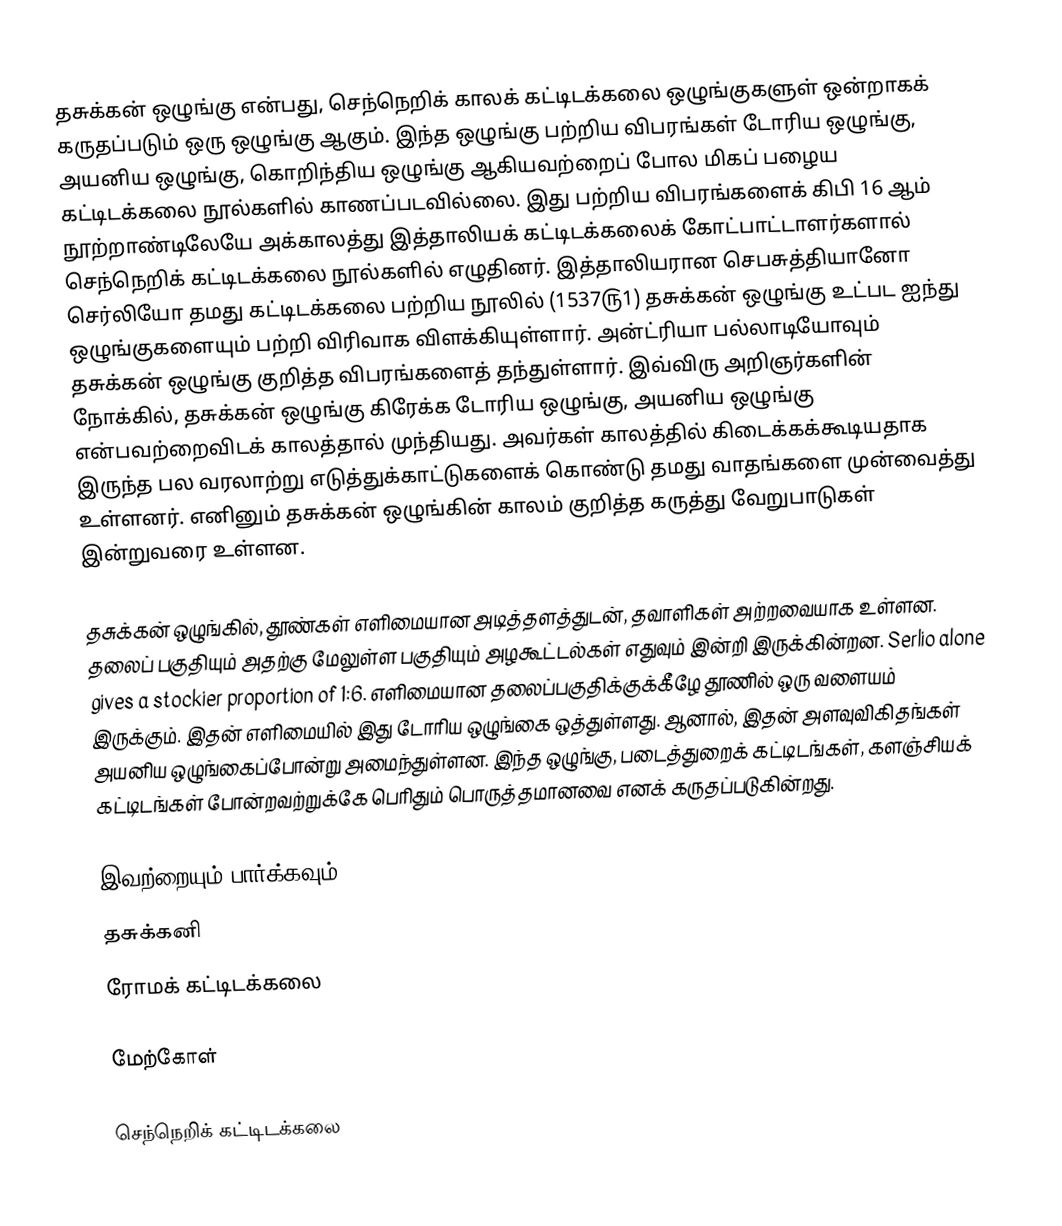
தசுக்கன் ஒழுங்கு என்பது, செந்நெறிக் காலக் கட்டிடக்கலை ஒழுங்குகளுள் ஒன்றாகக் கருதப்படும் ஒரு ஒழுங்கு ஆகும். இந்த ஒழுங்கு பற்றிய விபரங்கள் டோரிய ஒழுங்கு, அயனிய ஒழுங்கு, கொறிந்திய ஒழுங்கு ஆகியவற்றைப் போல மிகப் பழைய கட்டிடக்கலை நூல்களில் காணப்படவில்லை. இது பற்றிய விபரங்களைக் கிபி 16 ஆம் நூற்றாண்டிலேயே அக்காலத்து இத்தாலியக் கட்டிடக்கலைக் கோட்பாட்டாளர்களால் செந்நெறிக் கட்டிடக்கலை நூல்களில் எழுதினர். இத்தாலியரான செபசுத்தியானோ செர்லியோ தமது கட்டிடக்கலை பற்றிய நூலில் (1537௫1) தசுக்கன் ஒழுங்கு உட்பட ஐந்து ஒழுங்குகளையும் பற்றி விரிவாக விளக்கியுள்ளார். அன்ட்ரியா பல்லாடியோவும் தசுக்கன் ஒழுங்கு குறித்த விபரங்களைத் தந்துள்ளார். இவ்விரு அறிஞர்களின் நோக்கில், தசுக்கன் ஒழுங்கு கிரேக்க டோரிய ஒழுங்கு, அயனிய ஒழுங்கு என்பவற்றைவிடக் காலத்தால் முந்தியது. அவர்கள் காலத்தில் கிடைக்கக்கூடியதாக இருந்த பல வரலாற்று எடுத்துக்காட்டுகளைக் கொண்டு தமது வாதங்களை முன்வைத்து உள்ளனர். எனினும் தசுக்கன் ஒழுங்கின் காலம் குறித்த கருத்து வேறுபாடுகள் இன்றுவரை உள்ளன.

தசுக்கன் ஒழுங்கில், தூண்கள் எளிமையான அடித்தளத்துடன், தவாளிகள் அற்றவையாக உள்ளன. தலைப் பகுதியும் அதற்கு மேலுள்ள பகுதியும் அழகூட்டல்கள் எதுவும் இன்றி இருக்கின்றன. Serlio alone gives a stockier proportion of 1:6. எளிமையான தலைப்பகுதிக்குக்கீழே தூணில் ஒரு வளையம் இருக்கும். இதன் எளிமையில் இது டோரிய ஒழுங்கை ஒத்துள்ளது. ஆனால், இதன் அளவுவிகிதங்கள் அயனிய ஒழுங்கைப்போன்று அமைந்துள்ளன. இந்த ஒழுங்கு, படைத்துறைக் கட்டிடங்கள், களஞ்சியக் கட்டிடங்கள் போன்றவற்றுக்கே பெரிதும் பொருத்தமானவை எனக் கருதப்படுகின்றது.

இவற்றையும் பார்க்கவும்
 தசுக்கனி
 ரோமக் கட்டிடக்கலை

மேற்கோள்

செந்நெறிக் கட்டிடக்கலை